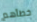
خطأهم